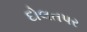
દોલતપર